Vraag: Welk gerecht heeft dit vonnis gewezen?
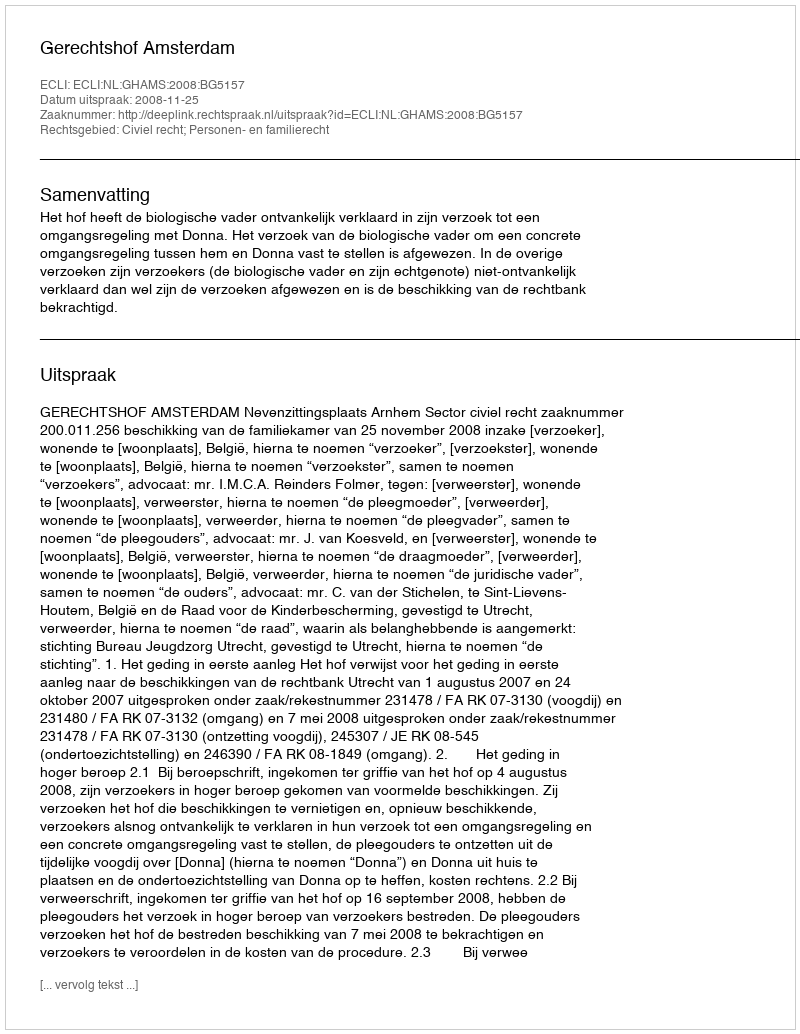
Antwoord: Gerechtshof Amsterdam